Scottish Leaving Certificate Examination, 1954
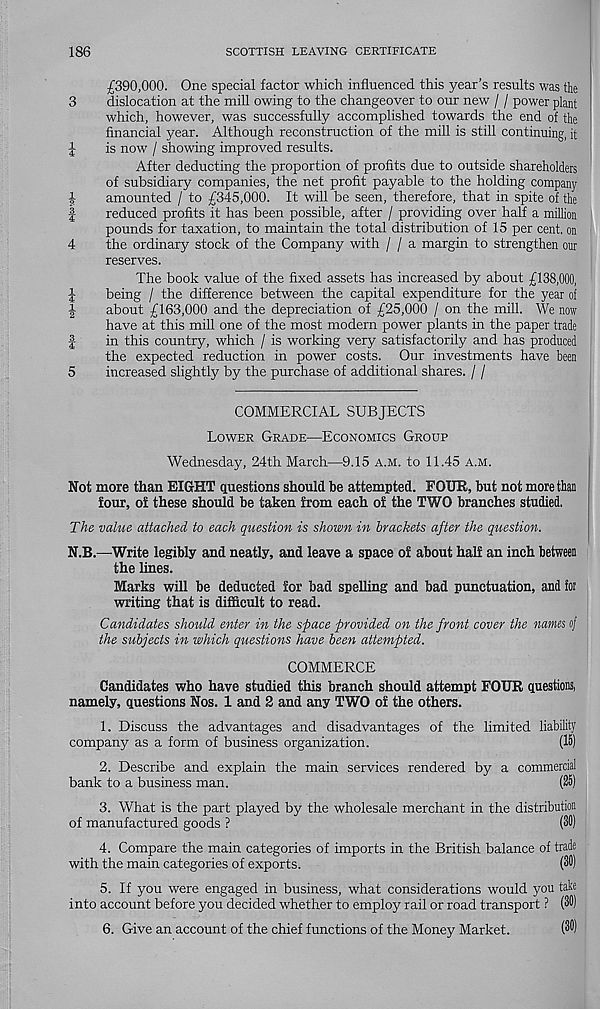
186
SCOTTISH LEAVING CERTIFICATE
£390,000. One special factor which influenced this year’s results was the
3
dislocation at the mill owing to the changeover to our new / / power plant
which, however, was successfully accomplished towards the end of the
financial year. Although reconstruction of the mill is still continuing, it
J
is now / showing improved results.
After deducting the proportion of profits due to outside shareholders
of subsidiary companies, the net profit payable to the holding company
amounted / to £345,000. It will be seen, therefore, that in spite of the
|
reduced profits it has been possible, after / providing over half a million
pounds for taxation, to maintain the total distribution of 15 per cent, on
4
the ordinary stock of the Company with / / a margin to strengthen our
reserves.
The book value of the fixed assets has increased by about £138,000,
l
being / the difference between the capital expenditure for the year of
J
about £163,000 and the depreciation of £25,000 / on the mill. We now
have at this mill one of the most modern power plants in the paper trade
|
in this country, which / is working very satisfactorily and has produced
the expected reduction in power costs. Our investments have been
5
increased slightly by the purchase of additional shares. / /
COMMERCIAL SUBJECTS
Lower Grade—Economics Group
Wednesday, 24th March—9.15 a.m. to 11.45 a.m.
Not more than EIGHT questions should be attempted. FOUR, but not more than
four, of these should be taken from each of the TWO branches studied.
The value attached to each question is shown in brackets after the question.
N.B.—Write legibly and neatly, and leave a space of about half an inch between
the lines.
Marks will be deducted for bad spelling and bad punctuation, and for
writing that is difficult to read.
Candidates should enter in the space provided on the front cover the names of
the subjects in which questions have been attempted.
COMMERCE
Candidates who have studied this branch should attempt FOUR questions,
namely, questions Nos. 1 and 2 and any TWO of the others.
1. Discuss the advantages and disadvantages of the limited liability
company as a form of business organization.
(15)
2. Describe and explain the main services rendered by a commercial
bank to a business man.
(25)
3. What is the part played by the wholesale merchant in the distribution
of manufactured goods ?
(30)
4. Compare the main categories of imports in the British balance of trade
with the main categories of exports.
(30)
5. If you were engaged in business, what considerations would you take
into account before you decided whether to employ rail or road transport ? (30)
6. Give an account of the chief functions of the Money Market.
(30)